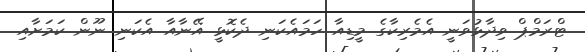
ޓްރަމްޕް ވިދާޅުވަނީ އެމެރިކާގެ މީޑިއާ ހަމައެކަނި ދެކޮޅީ އޭނާއާ އެކަނި ނޫން ކަމަށާއި